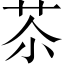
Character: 苶